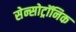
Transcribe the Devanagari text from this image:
सेन्सोट्रॉनिक